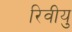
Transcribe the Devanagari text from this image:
रिवीयु